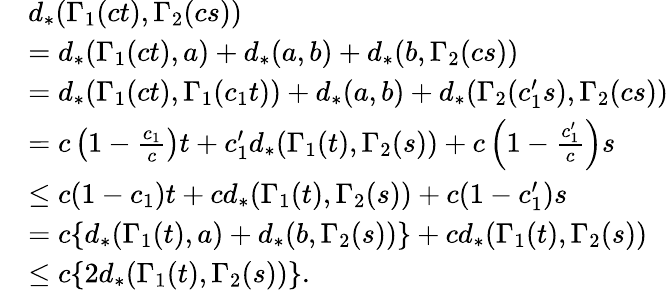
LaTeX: \begin{array}{rl}&{d_{*}(\Gamma_{1}(ct),\Gamma_{2}(cs))}\\ &{=d_{*}(\Gamma_{1}(ct),a)+d_{*}(a,b)+d_{*}(b,\Gamma_{2}(cs))}\\ &{=d_{*}(\Gamma_{1}(ct),\Gamma_{1}(c_{1}t))+d_{*}(a,b)+d_{*}(\Gamma_{2}(c_{1}^{\prime}s),\Gamma_{2}(cs))}\\ &{=c\left(1-\frac{c_{1}}{c}\right)t+c_{1}^{\prime}d_{*}(\Gamma_{1}(t),\Gamma_{2}(s))+c\left(1-\frac{c_{1}^{\prime}}{c}\right)s}\\ &{\leq c(1-c_{1})t+cd_{*}(\Gamma_{1}(t),\Gamma_{2}(s))+c(1-c_{1}^{\prime})s}\\ &{=c\{ d_{*}(\Gamma_{1}(t),a)+d_{*}(b,\Gamma_{2}(s))\} +cd_{*}(\Gamma_{1}(t),\Gamma_{2}(s))}\\ &{\leq c\{ 2d_{*}(\Gamma_{1}(t),\Gamma_{2}(s))\} .}\end{array}